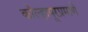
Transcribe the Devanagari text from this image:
कोल्हापूरप्रमाणे